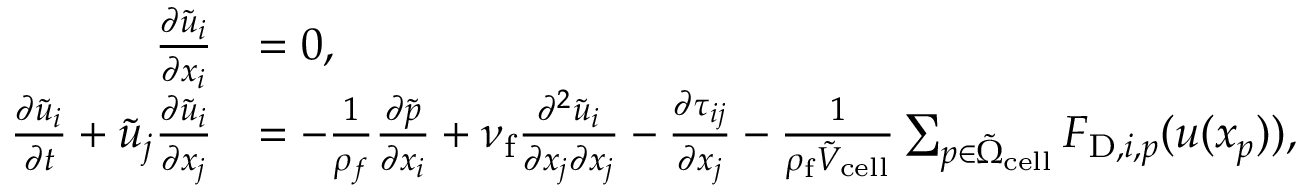
\begin{array} { r l } { \frac { \partial \tilde { u } _ { i } } { \partial x _ { i } } } & { = 0 , } \\ { \frac { \partial \tilde { u } _ { i } } { \partial t } + \tilde { u } _ { j } \frac { \partial \tilde { u } _ { i } } { \partial x _ { j } } } & { = - \frac { 1 } { \rho _ { f } } \frac { \partial \tilde { p } } { \partial x _ { i } } + \nu _ { \mathrm { f } } \frac { \partial ^ { 2 } \tilde { u } _ { i } } { \partial x _ { j } \partial x _ { j } } - \frac { \partial \tau _ { i j } } { \partial x _ { j } } - \frac { 1 } { \rho _ { \mathrm { f } } \tilde { V } _ { \mathrm { c e l l } } } \sum _ { p \in \tilde { \Omega } _ { \mathrm { c e l l } } } F _ { \mathrm { D } , i , p } ( \boldsymbol { u } ( \boldsymbol { x } _ { p } ) ) , } \end{array}